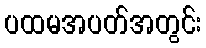
ပထမအပတ်အတွင်း